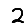
Digit: 2